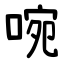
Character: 啘